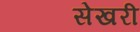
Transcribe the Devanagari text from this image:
सेखरी